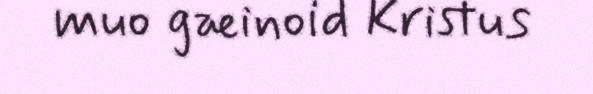
muo gæinoid Kristus